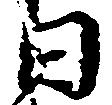
日